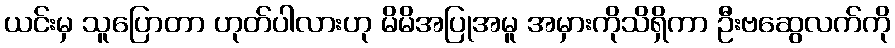
ယင်းမှ သူပြောတာ ဟုတ်ပါလားဟု မိမိအပြုအမူ အမှားကိုသိရှိကာ ဦးဗဆွေလက်ကို